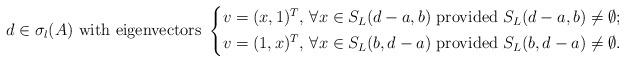
LaTeX: \begin{align*} d\in \sigma_l(A)\mbox{ with eigenvectors }\left\{\begin{aligned}v=(x,1)^T,\, \forall x\in S_L(d-a,b)\mbox{ provided }S_L(d-a,b)\neq \emptyset;\\v=(1,x)^T,\, \forall x\in S_L(b,d-a)\mbox{ provided }S_L(b,d-a)\neq \emptyset.\end{aligned}\right.\end{align*}